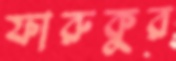
ফারুকুর